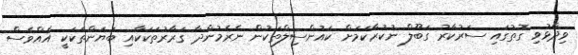
ވިދާޅުވި ގޮތުގައި ސަރުކާރު ގަބޫލް ނުކުރާކަމަށް ކައުންސިލްތަކުން ނެރެމުންދާ ގަރާރުތަކަކާއި ބަޔަންތަކަކީ އެއްވެސް